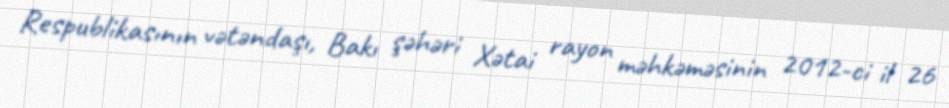
Respublikasının vətəndaşı, Bakı şəhəri Xətai rayon məhkəməsinin 2012-ci il 26